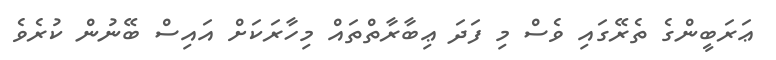
ޢަރަބީންގެ ތެރޭގައި ވެސް މި ފަދަ ޢިބާރާތްތައް މިހާރަކަށް އައިސް ބޭނުން ކުރެވެ